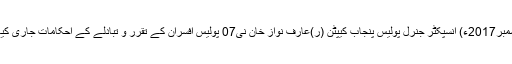
07 دسمبر2017ء) انسپکٹر جنرل پولیس پنجاب کیپٹن (ر)عارف نواز خان نی07 پولیس افسران کے تقرر و تبادلے کے احکامات جاری کیے ہیں۔